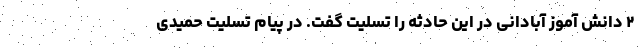
۲ دانش آموز آبادانی در این حادثه را تسلیت گفت. در پیام تسلیت حمیدی